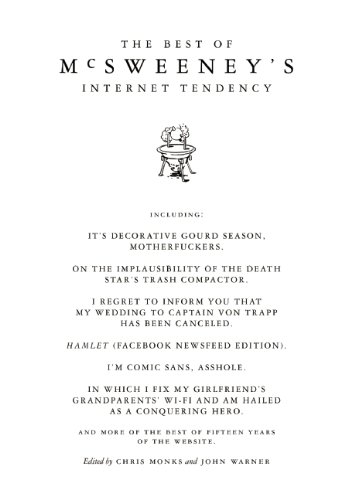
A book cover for The Best of McSweeney's Internet Tendency; Humor & Entertainment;